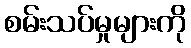
စမ်းသပ်မှုများကို